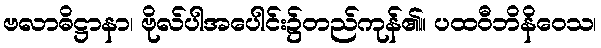
ဗလာဓိဋ္ဌာနာ၊ ဗိုလ်ပါအပေါင်း၌တည်ကုန်၏။ ပထဝီဘိနိဝေသ၊